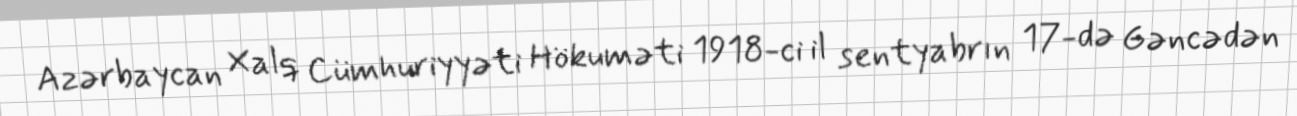
Azərbaycan Xalq Cümhuriyyəti Hökuməti 1918-ci il sentyabrın 17-də Gəncədən